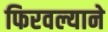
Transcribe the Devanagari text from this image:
फिरवल्याने